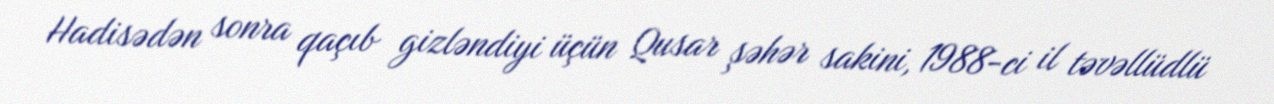
Hadisədən sonra qaçıb gizləndiyi üçün Qusar şəhər sakini, 1988-ci il təvəllüdlü